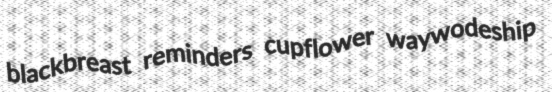
blackbreast reminders cupflower waywodeship